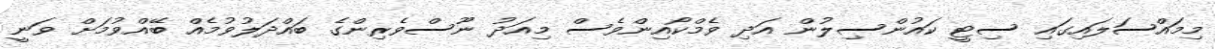
މިމައްސަލައިގައި ސިޓީ ކައުންސިލުން އަދި ވެމްކޯއިންވެސް މިއަދު ނޫސްވެރިންގެ ބައްދަލުވުމެއް ބޭއްވުމަށް ވަނީ